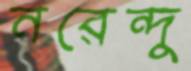
নরেন্দু